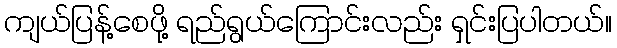
ကျယ်ပြန့်စေဖို့ ရည်ရွယ်ကြောင်းလည်း ရှင်းပြပါတယ်။